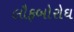
લૌફબોરોઘ